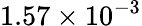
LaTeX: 1.57\times{{10}^{-3}}